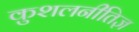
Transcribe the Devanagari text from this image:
कुशलनीतिज्ञ